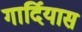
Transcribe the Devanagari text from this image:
गार्दियास